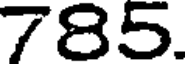
785.